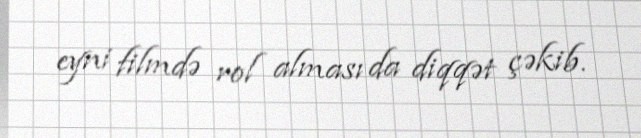
eyni filmdə rol alması da diqqət çəkib.